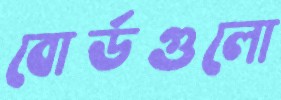
বোর্ডগুলো